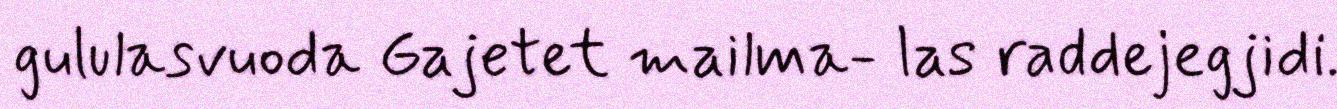
gululasvuoda Gajetet mailma- las raddejegjidi.